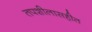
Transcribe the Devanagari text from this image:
तपशीलासहीत